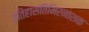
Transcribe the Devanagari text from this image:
इतिहासतिमिरनाशक